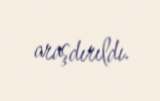
araşdırıldı.